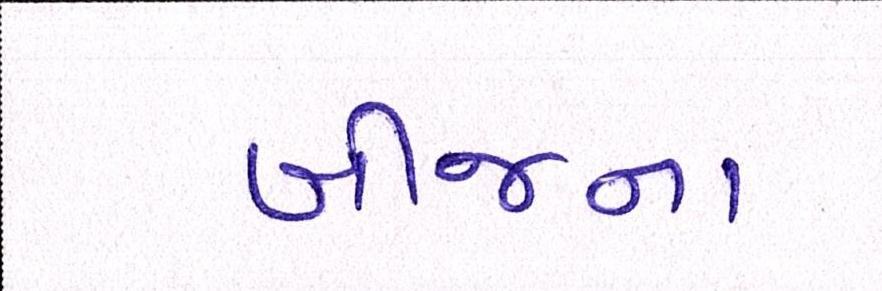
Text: બીજના